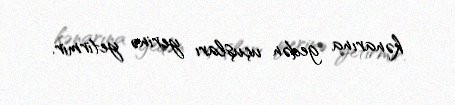
kənarına gedən uçuşları yerinə yetirmir.